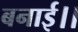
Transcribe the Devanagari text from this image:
बनाई।।